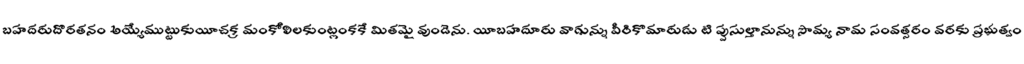
బహదరుదొరతనం అయ్యేముట్టుకుయీచక్ర మంకోలిలకుంట్లంకకే మితమై వుండెను. యీబహదూరు వాగున్ను వీరికొమారుడు టి ప్పుసుల్తానున్ను సౌమ్య నామ సంవత్సరం వరకు ప్రభుత్వం